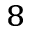
^ { 8 }